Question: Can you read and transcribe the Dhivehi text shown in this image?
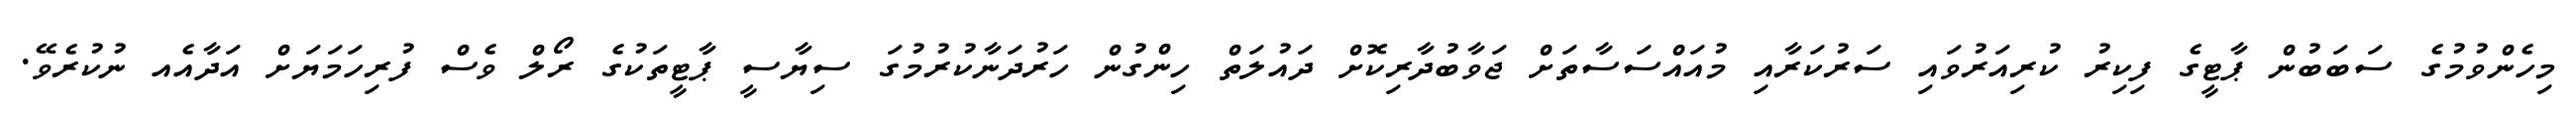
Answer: މިހެންވުމުގެ ސަބަބުން ޕާޓީގެ ފިކިރު ކުރިއަރުވައި ސަރުކަރާއި މުއައްސަސާތަށް ޖަވާބުދާރިކޮށް ދައުލަތް ހިންގުން ހަރުދަނާކުރުމުގަ ސިޔާސީ ޕާޓީތަކުގެ ރޯލް ވެސް ފުރިހަމަޔަށް އަދާއެއ ނުކުރެވޭ.